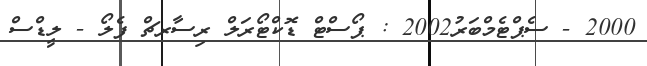
2000 - ސެޕްޓެމްބަރު2002 : ޕޯސްޓް ޑޮކްޓޯރަލް ރިސާރޗް ފެލޯ - ލީޑްސް